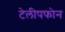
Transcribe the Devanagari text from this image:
टेलीपफोन